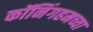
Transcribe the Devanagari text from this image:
कॉनिंगहमच्या